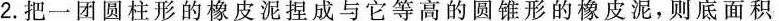
2.把一团圆柱形的橡皮泥捏成与它等高的圆锥形的橡皮泥，则底面积